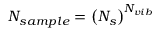
N _ { s a m p l e } = \left( N _ { s } \right) ^ { N _ { v i b } }